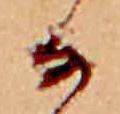
な